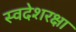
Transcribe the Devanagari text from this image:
स्वदेशरक्षा